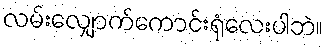
လမ်းလျှောက်ကောင်းရုံလေးပါဘဲ။